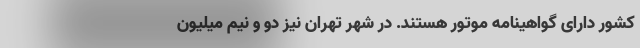
کشور دارای گواهینامه موتور هستند. در شهر تهران نیز دو و نیم میلیون